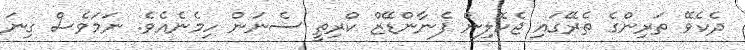
ދެކެވޭ ތަރިންގެ ތެރޭގައި ޖެކޮލިން ފެނާންޑޭޒް ކްރިތީ ސެނަން ހިމެނެއެވެ. ނަމަވެސް ގިނަ